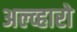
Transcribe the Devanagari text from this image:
अल्व्हारो